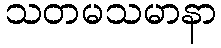
သတမသမာနာ